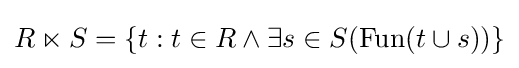
R\ltimes S=\{t:t\in R\land \exists s\in S(\operatorname {Fun} (t\cup s))\}